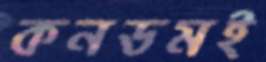
কনডমই